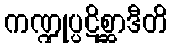
ကဏ္ဍုပ္ပဋိစ္ဆာဒီတိ